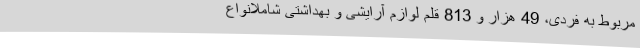
مربوط به فردی، 49 هزار و 813 قلم لوازم آرایشی و بهداشتی شاملانواع